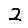
Digit: 2